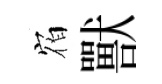
𪧐獸